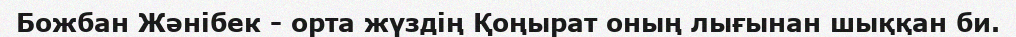
Божбан Жәнібек - орта жүздің Қоңырат оның лығынан шыққан би.